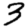
Digit: 3